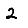
Digit: 2